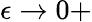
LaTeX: \epsilon\rightarrow 0+